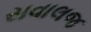
સવાલજ